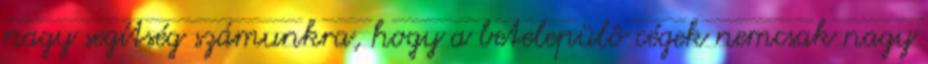
nagy segítség számunkra, hogy a betelepülô cégek nemcsak nagy